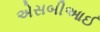
એસબીઆઈ